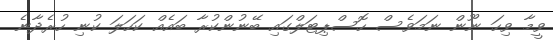
ވީމާ ވިހަ ނޫން ނަމަވެސް ހޮސްޕިޓަލްގައި ބޭނުންކުރާ ބައެއް ކަހަލަ ކުނި ހުރެދާނެ